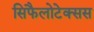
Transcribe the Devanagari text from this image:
सिफैलोटेक्सस